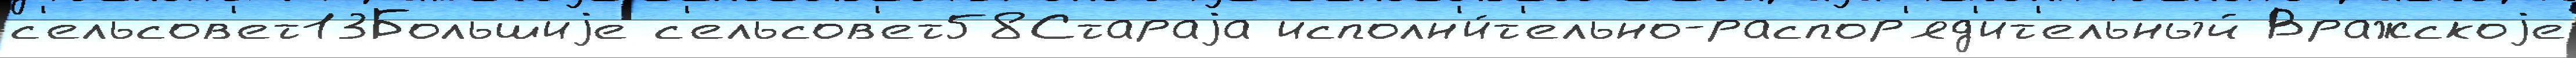
с'ельсов'ет13Большиjе с'ельсов'ет58Стараjа исполн'и́т'ельно-распор'яд'ит'ельный Вражскоjе